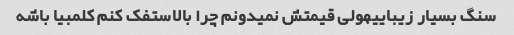
سنگ بسیار زیباییهولی قیمتش نمیدونم چرا بالاستفک کنم کلمبیا باشه